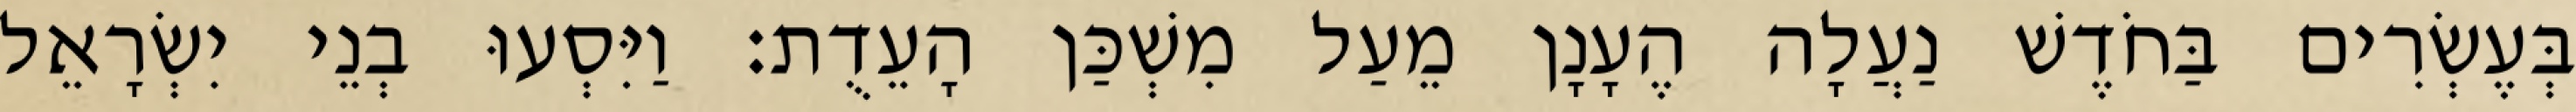
בְּעֶשְׂרִים בַּחֹדֶשׁ נַעֲלָה הֶעָנָן מֵעַל מִשְׁכַּן הָעֵדֻת׃ וַיִּסְעוּ בְנֵי יִשְׂרָאֵל